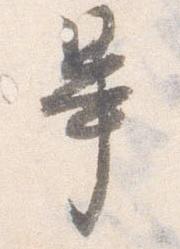
畢